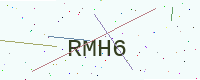
Text: RMH6